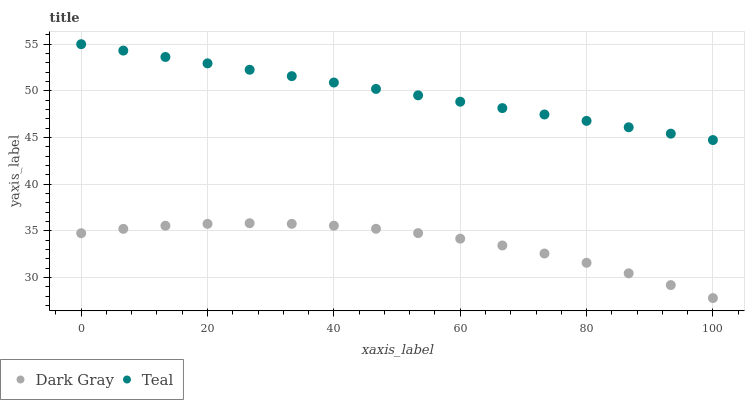
| xaxis_label | Dark Gray | Teal |
 | --- | --- | --- |
 | 0 | 34.8 | 55 |
 | 6.67 | 35.2 | 54.3 |
 | 13.3 | 35.6 | 53.6 |
 | 20 | 35.8 | 52.9 |
 | 26.7 | 35.8 | 52.3 |
 | 33.3 | 35.8 | 51.6 |
 | 40 | 35.6 | 50.9 |
 | 46.7 | 35.2 | 50.2 |
 | 53.3 | 34.8 | 49.5 |
 | 60 | 34.2 | 48.8 |
 | 66.7 | 33.4 | 48.2 |
 | 73.3 | 32.6 | 47.5 |
 | 80 | 31.6 | 46.8 |
 | 86.7 | 30.5 | 46.1 |
 | 93.3 | 29.2 | 45.4 |
 | 100 | 27.8 | 44.7 |